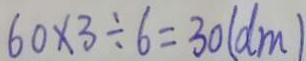
6 0 \times 3 \div 6 = 3 0 ( d m )